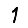
Digit: 1